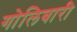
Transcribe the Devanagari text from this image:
गोलिबारी